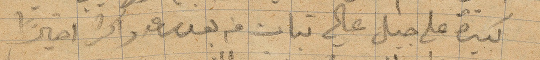
كبيرة على جبل عالي تبات من بعده ساعة واكثر اخيرًا